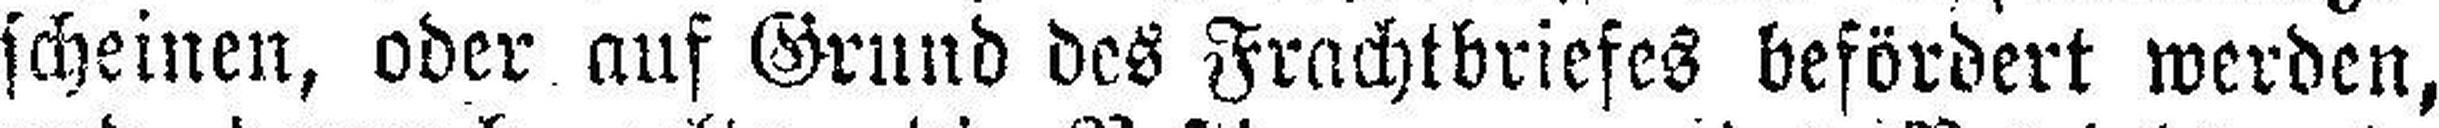
scheinen, oder auf Grund des Frachtbriefes befördert werden,